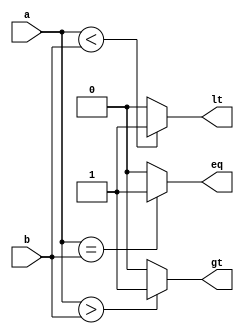
`timescale 1ns/1ns

module comparator8(a, b, lt, eq, gt);
  input[7:0] a, b;
  output lt, eq, gt;

  assign lt = (a < b) ? 1'b1 : 1'b0;
  assign eq = (a == b) ? 1'b1 : 1'b0;
  assign gt = (a > b) ? 1'b1 : 1'b0;
endmodule